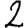
Digit: 2